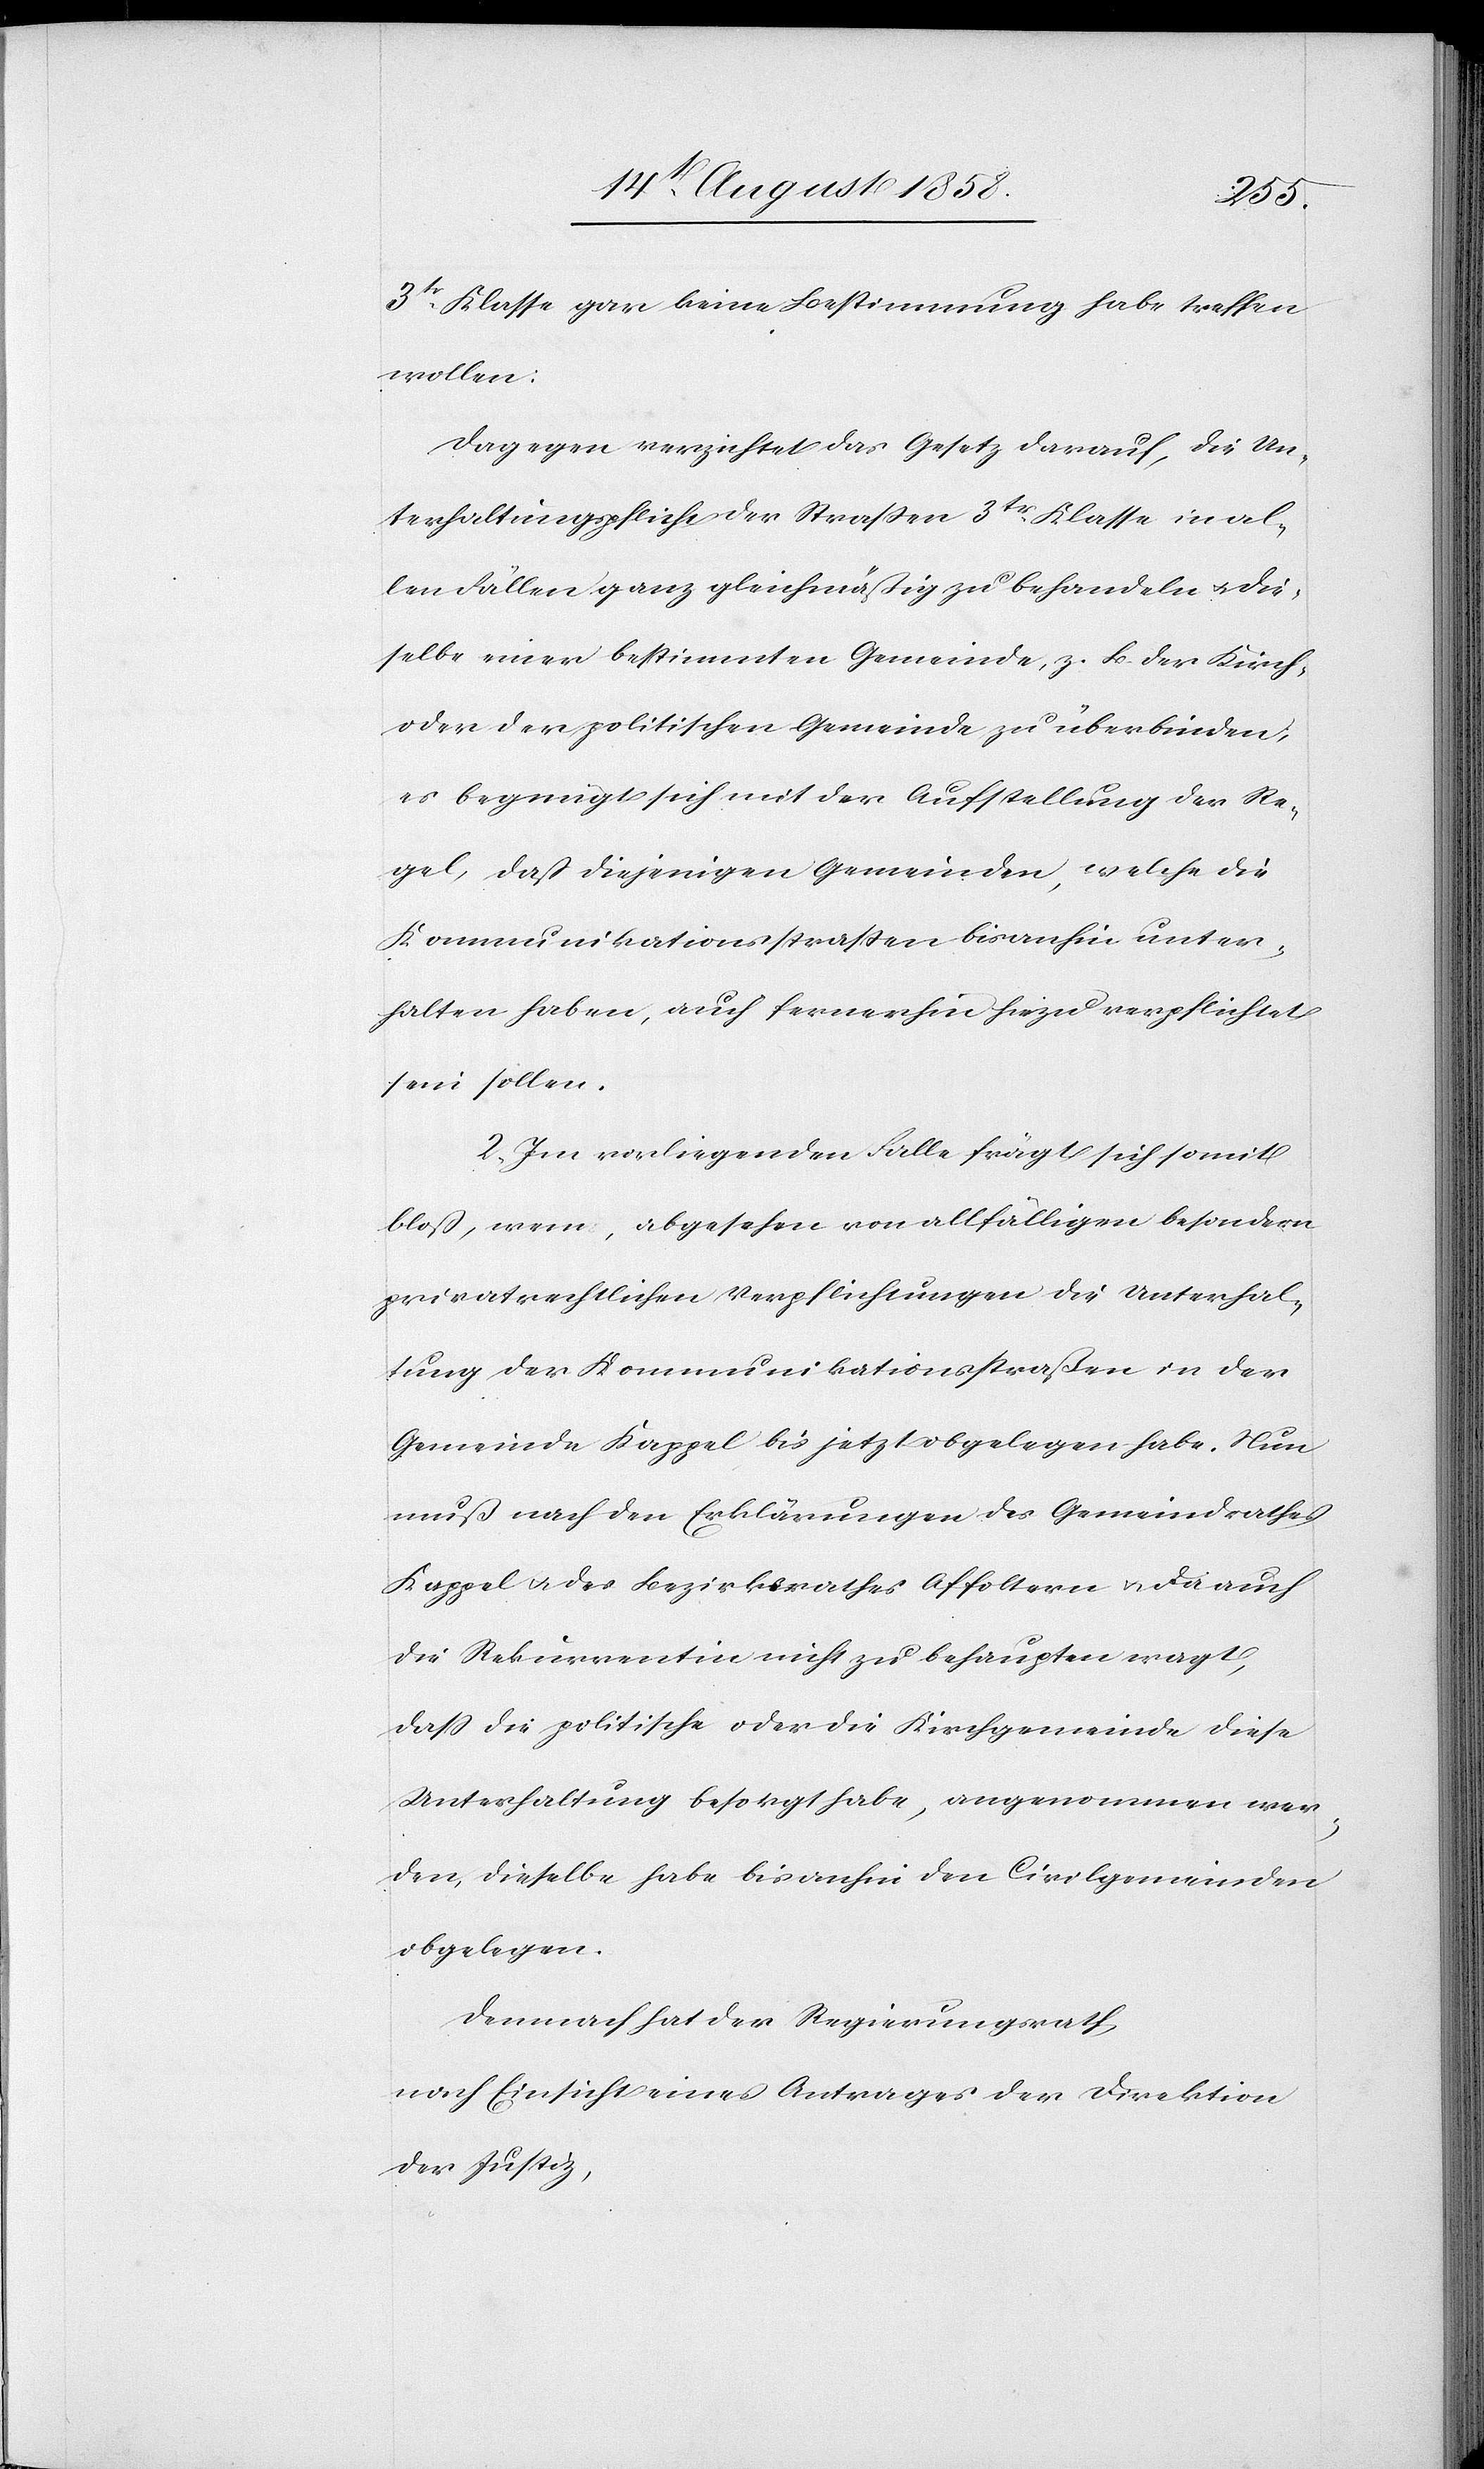
3tr. Klasse gar keine Bestimmung habe treffen
wollen:
Dagegen verzichtet das Gesetz darauf, die Un¬
terhaltungspflicht der Strassen 3tr. Klasse in al¬
len Fällen ganz gleichmäßig zu behandeln & die¬
selbe einer bestimmten Gemeinde, z. B. der Kirch-
oder der politischen Gemeinde zu überbinden;
es begnügt sich mit der Aufstellung der Re¬
gel, daß diejenigen Gemeinden, welche die
Kommunikationsstraßen bisanhin unter¬
halten haben, auch fernerhin hiezu verpflichtet
sein sollen.
2) Im vorliegenden Falle frägt sich somit
bloß, wem, abgesehen von allfälligen besondern
privatrechtlichen Verpflichtungen die Unterhal¬
tung der Kommunikationsstraßen in der
Gemeinde Kappel bis jetzt obgelegen habe. Nun
muß nach den Erklärungen des Gemeindrathes
Kappel & des Bezirksrathes Affoltern & da auch
die Rekurrentin nicht zu behaupten wagt,
dass die politische oder die Kirchgemeinde diese
Unterhaltung besorgt habe, angenommen wer¬
den, dieselbe habe bisanhin den Civilgemeinden
obgelegen.
Demnach hat der Regierungsrath,
nach Einsicht eines Antrages der Direktion
der Justiz,